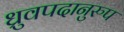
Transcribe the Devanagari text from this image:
ध्रुवपदानुरुप